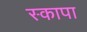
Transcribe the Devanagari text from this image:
स्कापा